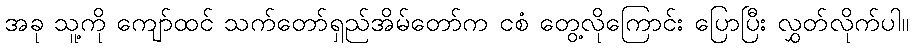
အခု သူ့ကို ကျော်ထင် သက်တော်ရှည်အိမ်တော်က ငစံ တွေ့လိုကြောင်း ပြောပြီး လွှတ်လိုက်ပါ။